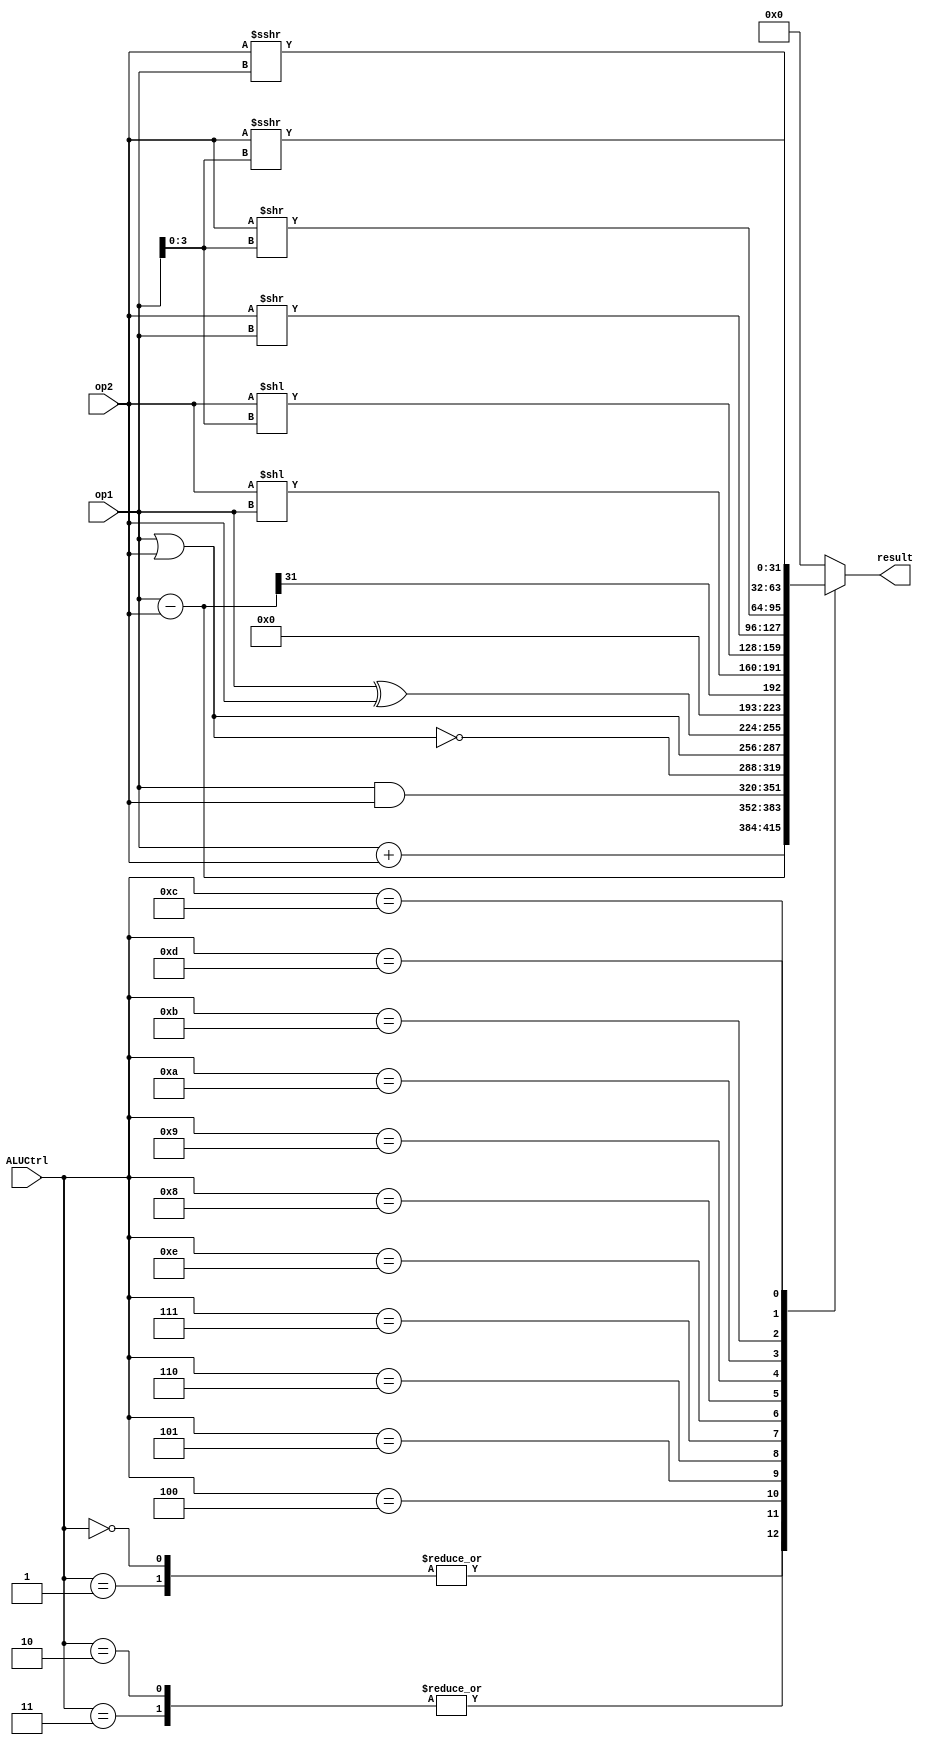

module ALU (
	input wire [31:0] op1, op2,
	input wire [3:0] ALUCtrl,
	output reg [31:0] result
	);



localparam
	ADD    = 0,
	ADDU	= 1,
	SUB    = 2,
	SUBU 	= 3,
	AND    = 4,
	NOR		= 5,
	OR		= 6,
	XOR		= 7,
	SLL		= 8,
	SLLV	= 9,
	SRL		= 10,
	SRLV	= 11,
	SRA		= 12,
	SRAV	= 13,
	SLT		= 14;

        reg[31:0] Slt_reg;
	always @(*) begin
		result = 0;

		case (ALUCtrl)
			ADD, ADDU: begin
				result = op1 + op2;
			end
			SUB, SUBU: begin
				result = op1 - op2;
			end
			AND: begin
				result = op1 & op2;
			end
			NOR: begin
				result = ~(op1 | op2);
			end
			OR: begin
				result = op1 | op2;
			end
			XOR: begin
				result = op1 ^ op2;
			end
			SLT: begin
				Slt_reg = op1 - op2;
				result = Slt_reg[31];
			end
			SLL: begin
				result = op2 << op1;
			end
			SLLV: begin
				result = op2 << op1[3:0];
			end
			SRL: begin
				result = op2 >> op1;
			end
			SRLV: begin
				result = op2 >> op1[3:0];
			end
			SRA: begin
				result = $signed(op2) >>> op1; 
			end
			SRAV: begin
				result = $signed(op2) >>> op1[3:0];
			end	
		endcase
	end
	
endmodule